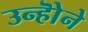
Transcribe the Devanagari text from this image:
उन्होॆने